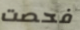
فحصت